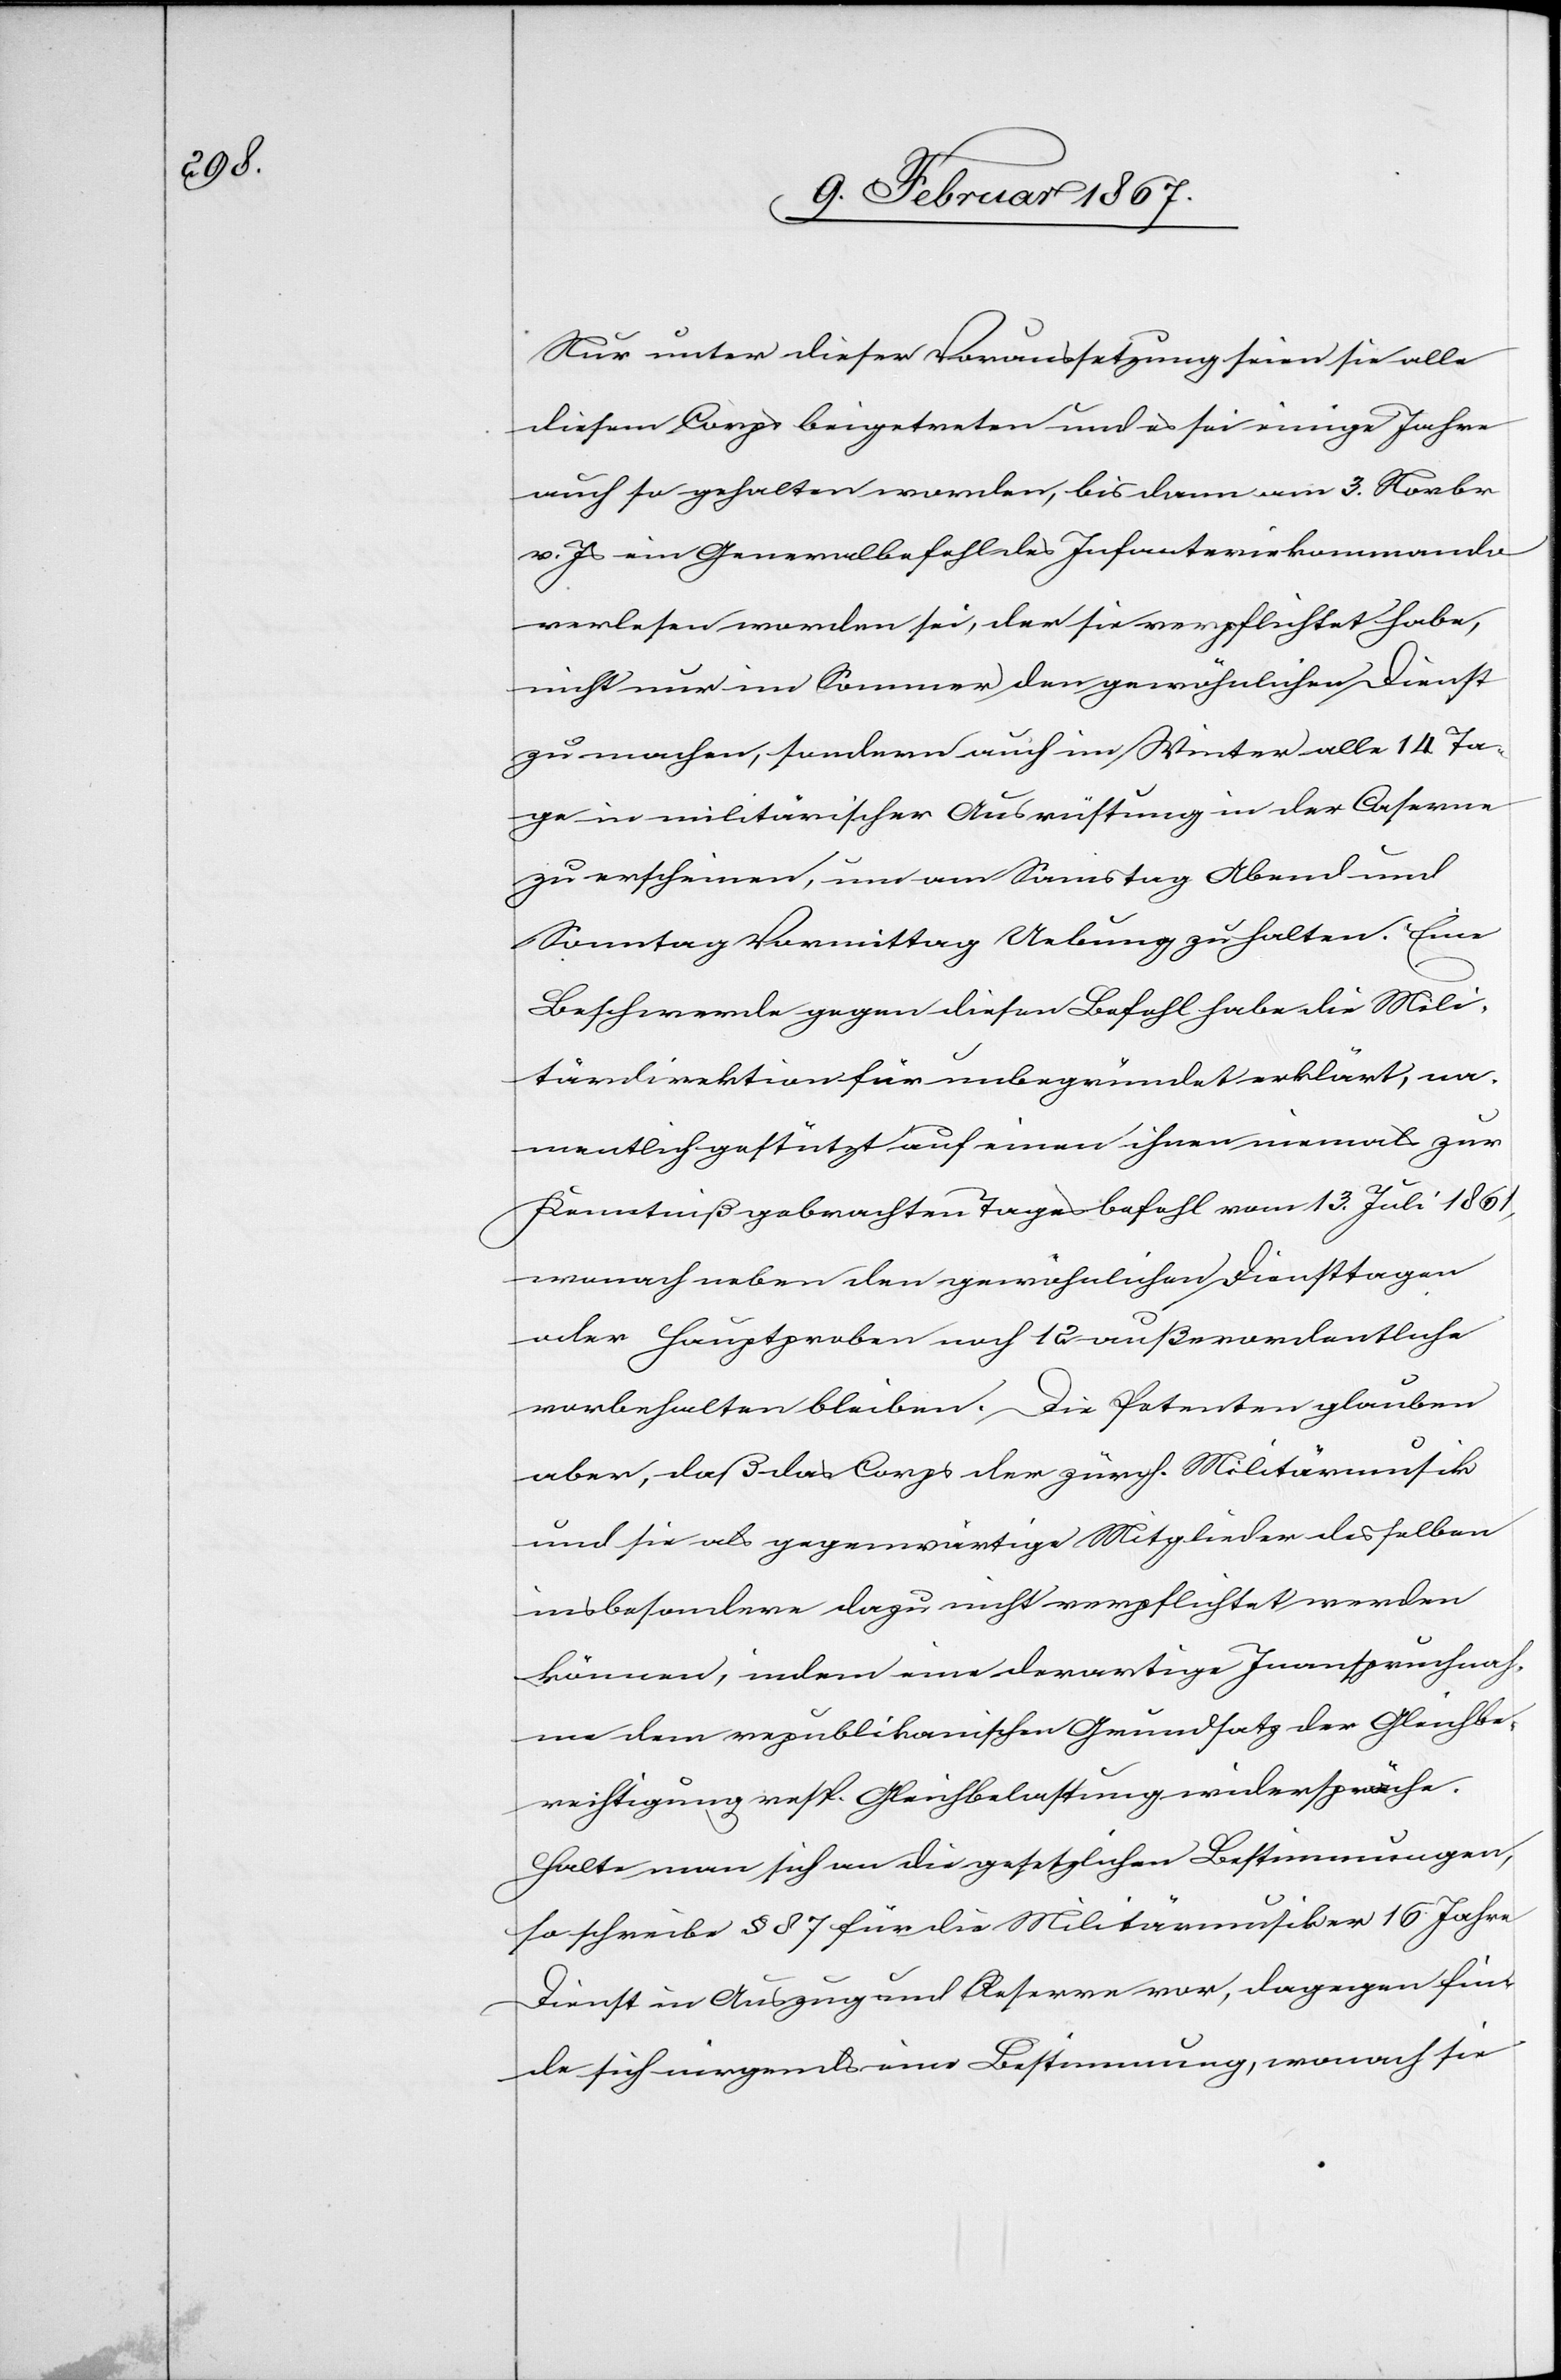
Nur unter dieser Voraussetzung seien sie alle
diesem Corps beigetreten und es sei einige Jahre
auch so gehalten worden, bis dann am 3. Novbr
v. Js ein Generalbefehl des Infanteriekommando
verlesen worden sei, der sie verpflichtet habe,
nicht nur im Sommer den gewöhnlichen Dienst
zu machen, sondern auch im Winter alle 14 Ta¬
ge in militärischer Ausrüstung in der Caserne
zu erscheinen, um am Samstag Abend und
Sonntag Vormittag Uebung zu halten. Eine
Beschwerde gegen diesen Befehl habe die Mili¬
tärdirektion für unbegründet erklärt, na¬
mentlich gestützt auf einen ihnen niemals zur
Kenntniß gebrachten Tagesbefehl vom 13. Juli 1861,
wonach neben den gewöhnlichen Diensttagen
oder Hauptproben noch 12 außerordentliche
vorbehalten bleiben. Die Petenten glauben
aber, daß das Corps der zürch. Militärmusik
und sie als gegenwärtige Mitglieder desselben
insbesondere dazu nicht verpflichtet werden
können, indem eine derartige Inanspruchnah¬
me dem republikanischen Grundsatz der Gleichbe¬
rechtigung resp. Gleichbelassung widerspräche.
Halte man sich an die gesetzlichen Bestimmungen,
so schreibe § 87 für die Militärmusiker 16 Jahre
Dienst in Auszug und Reserve vor, dagegen fin¬
de sich nirgends eine Bestimmung, wonach sie